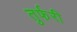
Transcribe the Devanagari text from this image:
तुर्फरी